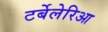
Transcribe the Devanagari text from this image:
टर्बेलेरिआ